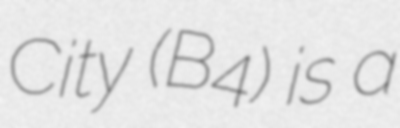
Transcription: City (B4) is a